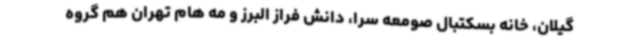
گیلان، خانه بسکتبال صومعه سرا، دانش فراز البرز و مه هام تهران هم گروه